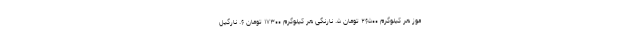
موز هر کیلوگرم ۲۶۵۰۰ تومان ۵. نارنگی هر کیلوگرم ۱۷۳۰۰ تومان ۶. نارگیل